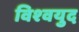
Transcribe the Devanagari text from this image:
विश्‍वयुद